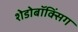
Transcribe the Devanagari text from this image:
शेडोबॉक्सिंग